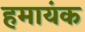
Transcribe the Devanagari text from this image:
हमायंक